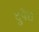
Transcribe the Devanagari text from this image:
दुपेरा